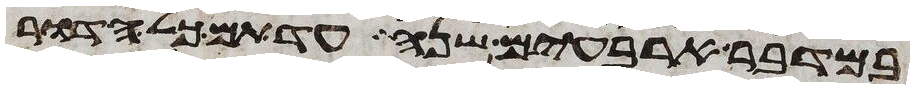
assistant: במדבר ארבעים שנה עד תם כל הדור